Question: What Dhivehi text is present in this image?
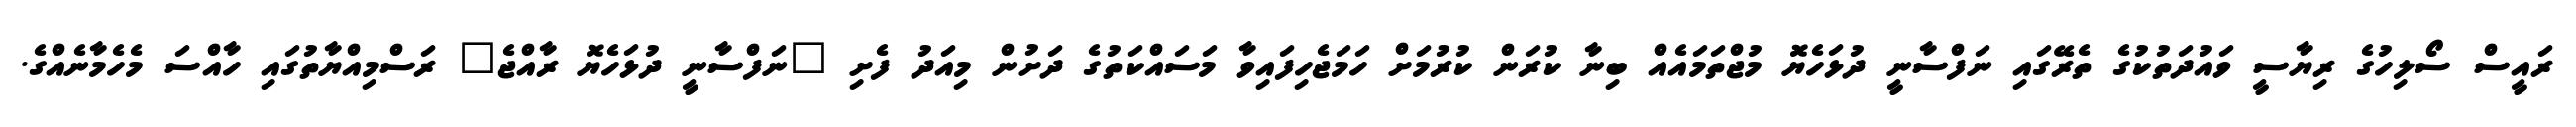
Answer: ރައީސް ސޯލިހުގެ ރިޔާސީ ވައުދަތުކުގެ ތެރޭގައި ނަފްސާނީ ދުޅަހެޔޮ މުޖްތަމައެއް ބިނާ ކުރަން ކުރުމަށް ހަމަޖެހިފައިވާ މަސައްކަތުގެ ދަށުން މިއަދު ފެށި "ނަފްސާނީ ދުޅަހެޔޮ ރާއްޖެ" ރަސްމިއްޔާތުގައި ހާއްސަ މެހެމާނެއްގެ.